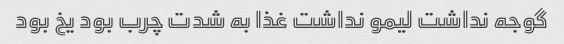
گوجه نداشت لیمو نداشت غذا به شدت چرب بود یخ بود